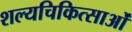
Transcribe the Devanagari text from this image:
शल्यचिकित्साओं